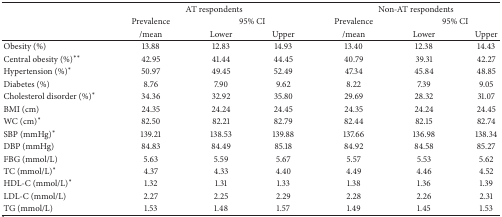
<table><thead><tr><td></td><td colspan="3"><b>AT respondents</b></td><td colspan="3"><b>Non-AT respondents</b></td></tr><tr><td><b> </b></td><td><b>Prevalence</b></td><td colspan="2"><b>95% CI</b></td><td><b>Prevalence</b></td><td colspan="2"><b>95% CI</b></td></tr><tr><td><b> </b></td><td><b>/mean</b></td><td><b>Lower </b></td><td><b>Upper </b></td><td><b>/mean</b></td><td><b>Lower </b></td><td><b>Upper </b></td></tr></thead><tbody><tr><td>Obesity (%)</td><td>13.88 </td><td>12.83 </td><td>14.93 </td><td>13.40 </td><td>12.38 </td><td>14.43 </td></tr><tr><td>Central obesity (%)**</td><td>42.95 </td><td>41.44 </td><td>44.45 </td><td>40.79 </td><td>39.31 </td><td>42.27 </td></tr><tr><td>Hypertension (%)*</td><td>50.97 </td><td>49.45 </td><td>52.49 </td><td>47.34 </td><td>45.84 </td><td>48.85 </td></tr><tr><td>Diabetes (%)</td><td>8.76 </td><td>7.90 </td><td>9.62 </td><td>8.22 </td><td>7.39 </td><td>9.05 </td></tr><tr><td>Cholesterol disorder (%)*</td><td>34.36 </td><td>32.92 </td><td>35.80 </td><td>29.69 </td><td>28.32 </td><td>31.07 </td></tr><tr><td>BMI (cm)</td><td>24.35 </td><td>24.24 </td><td>24.45 </td><td>24.35 </td><td>24.24 </td><td>24.45 </td></tr><tr><td>WC (cm)*</td><td>82.50 </td><td>82.21 </td><td>82.79 </td><td>82.44 </td><td>82.15 </td><td>82.74 </td></tr><tr><td>SBP (mmHg)*</td><td>139.21 </td><td>138.53 </td><td>139.88 </td><td>137.66 </td><td>136.98 </td><td>138.34 </td></tr><tr><td>DBP (mmHg)</td><td>84.83 </td><td>84.49 </td><td>85.18 </td><td>84.92 </td><td>84.58 </td><td>85.27 </td></tr><tr><td>FBG (mmol/L)</td><td>5.63 </td><td>5.59 </td><td>5.67 </td><td>5.57 </td><td>5.53 </td><td>5.62 </td></tr><tr><td>TC (mmol/L)*</td><td>4.37 </td><td>4.33 </td><td>4.40 </td><td>4.49 </td><td>4.46 </td><td>4.52 </td></tr><tr><td>HDL-C (mmol/L)*</td><td>1.32 </td><td>1.31 </td><td>1.33 </td><td>1.38 </td><td>1.36 </td><td>1.39 </td></tr><tr><td>LDL-C (mmol/L)</td><td>2.27 </td><td>2.25 </td><td>2.29 </td><td>2.28 </td><td>2.26 </td><td>2.31 </td></tr><tr><td>TG (mmol/L)</td><td>1.53 </td><td>1.48 </td><td>1.57 </td><td>1.49 </td><td>1.45 </td><td>1.53 </td></tr></tbody></table>